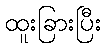
ထူးခြားပြီး